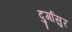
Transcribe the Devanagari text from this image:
दुर्गासुर